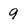
Character: 9